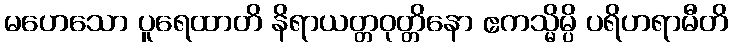
မဟေသော ပူရေထာတိ နိရာယတ္တဝုတ္တိနော ဧကသ္မိမ္ပိ ပရိဟရာမီတိ